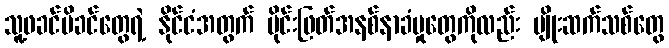
သူ့ဖခင်မိခင်တွေရဲ့ နိုင်ငံအတွက် ပိုင်းဖြတ်အနစ်နာခံမှုတွေကိုလည်း မျိုးဆက်သစ်တွေ